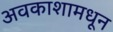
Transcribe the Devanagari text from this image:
अवकाशामधून